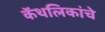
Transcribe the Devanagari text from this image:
कॅथलिकांचे